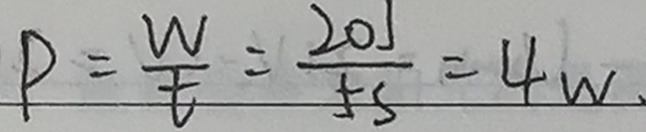
P = \frac { W } { t } = \frac { 2 0 J } { 5 s } = 4 w